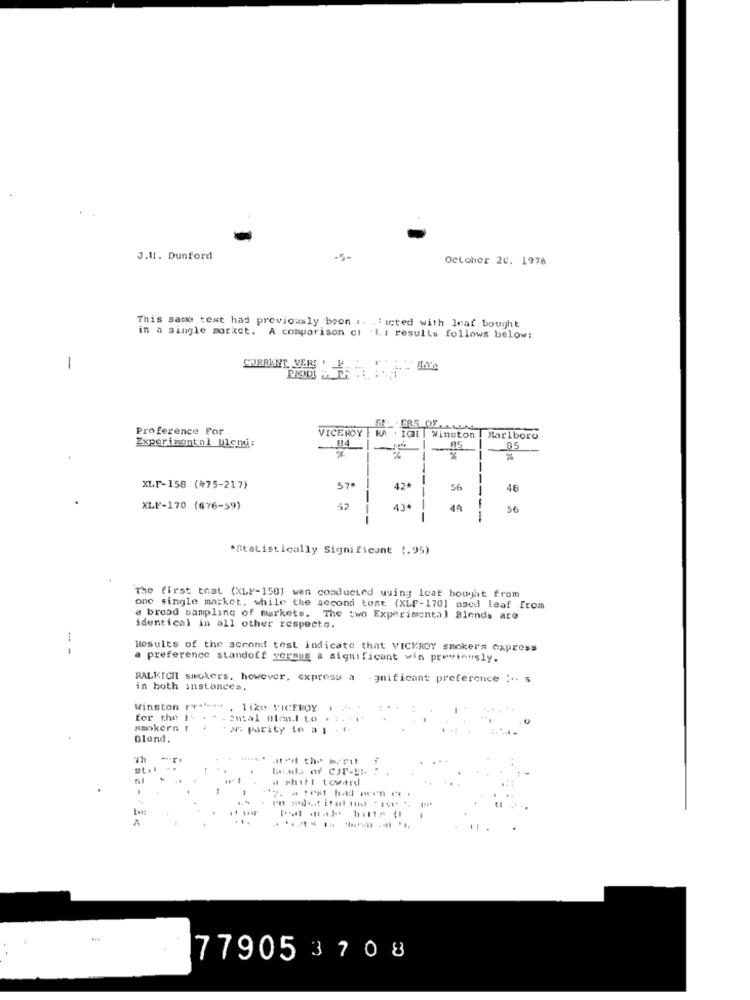
J.11. Dunford
-5-
October 20. 1976
This same text had previously been .. . licted with leaf bought
in a single morket. A comparison ci . I. : results follows below:
-
Proference For
SE_ ERS OF.
VICEROY
KA . IGI | Winston | Marlboro
Experimental lilcnd:
-
85
--
XLF-158 (#75-217)
57
42*
-
56
48
XLF-170 (676-59)
$2
-----
56
*Statistically Significant (.95)
The first tost (XLF-150) wan conducted using leaf bought from
one single market, while the second tost (XLF-170] used leaf from
a broad sampling of markets. The two Experimental Blends are
identical in all other respects.
- -
Results of the second test indicate that VICKROY smokers express
a preference standoff yormug a significant win previously.
BALKICH smokers, however, express a . gnificant preference ... 5
in both instances.
Winston !"
like VICEROY
for the t -.
antal Blen.l Lo
amokern r
2. parity to a i
Dland.
a shift toward
779053708